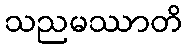
သညမဿာတိ